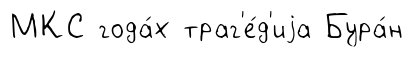
МКС года́х траг'е́д'иjа Бура́н